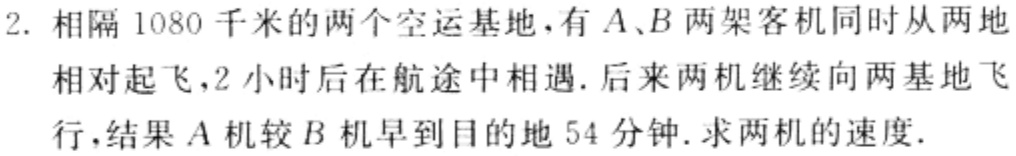
2. 相隔 1080 千米的两个空运基地，有\(A、B\)两架客机同时从两地
相对起飞，2 小时后在航途中相遇. 后来两机继续向两基地飞
行，结果\(A\)机较\(B\)机早到目的地 54 分钟. 求两机的速度.